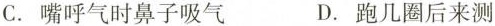
C.嘴呼气时鼻子吸气 D.跑几圈后来测